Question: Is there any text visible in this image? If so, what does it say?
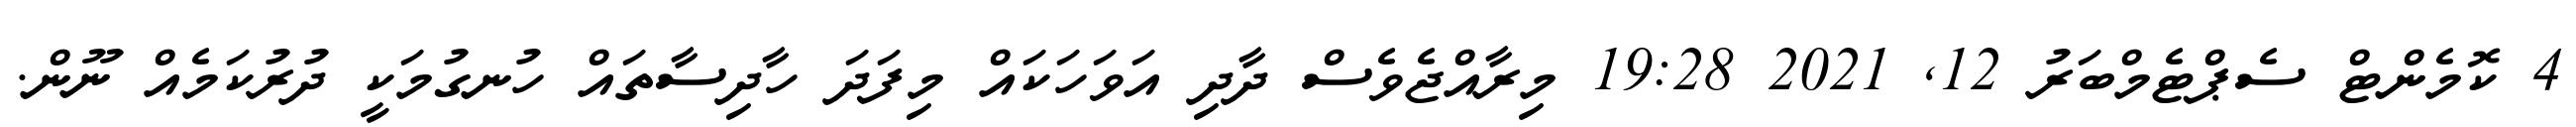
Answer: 4 ކޮމެންޓް ސެޕްޓެމްބަރު 12, 2021 19:28 މިރާއްޖެވެސް ދާދި އަވަހަކައް މިފަދަ ހާދިސާތައް ހުނގުމަކީ ދުރުކަމެއް ނޫން.